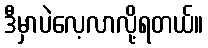
ဒီမှာပဲလေ့လာလို့ရတယ်။